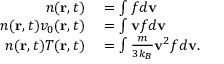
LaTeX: \begin{array} { r l } { n ( \mathbf { r } , t ) } & { { } = \int f d \mathbf { v } } \\ { n ( \mathbf { r } , t ) v _ { 0 } ( \mathbf { r } , t ) } & { { } = \int \mathbf { v } f d \mathbf { v } } \\ { n ( \mathbf { r } , t ) T ( \mathbf { r } , t ) } & { { } = \int { \frac { m } { 3 k _ { B } } } \mathbf { v } ^ { 2 } f d \mathbf { v } . } \end{array}